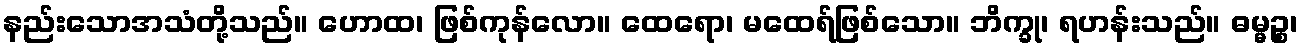
နည်းသောအသံတို့သည်။ ဟောထ၊ ဖြစ်ကုန်လော။ ထေရော၊ မထေရ်ဖြစ်သော။ ဘိက္ခု၊ ရဟန်းသည်။ ဓမ္မဉ္စ၊